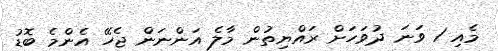
މެއި 1 ވަނަ ދުވަހަށް ރައްޔިތުން މާލެ އަންނަން ޖެހޭ އެންމެ ބޮޑު